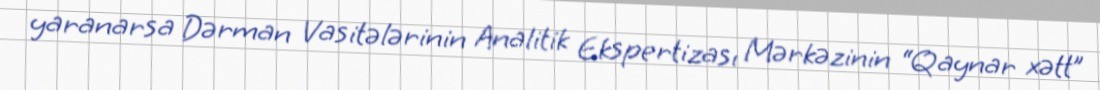
yaranarsa Dərman Vasitələrinin Analitik Ekspertizası Mərkəzinin “Qaynar xətt”